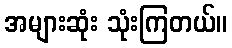
အများဆုံး သုံးကြတယ်။